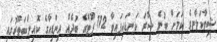
ޝިވާކަލާނގެ ކަމަށް ބުނެ ސޫރަ ކަނޑައިފައިވާ 112 ފޫޓްގެ ބުދެއް އިންޑިއާގެ ކޮއިންބަތޫރުގައި